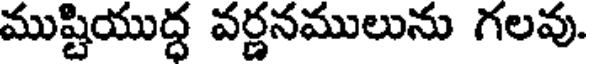
ముష్టియుద్ధ వర్ణనములును గలవు.